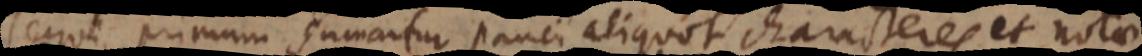
sequi. Primum sumantur pauci aliquot characteres et nota